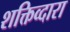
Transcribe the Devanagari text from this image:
शक्तिव्दारा